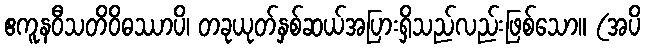
ဧကူနဝီသတိဝိဓဿာပိ၊ တခုယုတ်နှစ်ဆယ်အပြားရှိသည်လည်းဖြစ်သော။ (အပိ